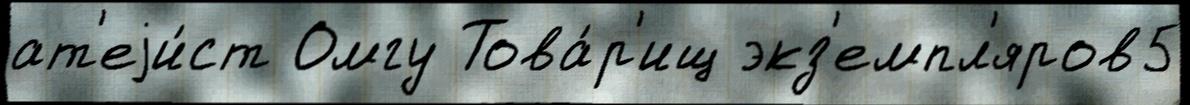
ат'еjи́ст Омгу Това́р'ищ экз'емпл'яров5